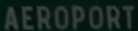
AEROPORT